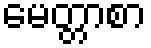
မေတ္တာစာ